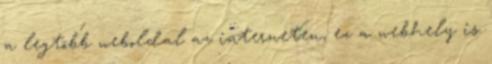
a legtöbb weboldal az interneten, ez a webhely is